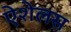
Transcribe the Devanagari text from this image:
ऐशेलस